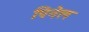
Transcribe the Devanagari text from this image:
पिनेल